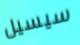
سيسيل